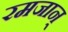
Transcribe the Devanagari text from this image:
रमजान्